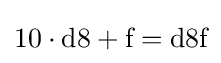
10\cdot {\text{d8}}+{\text{f}}={\text{d8f}}